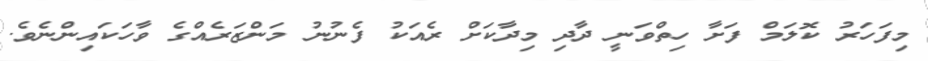
މިފަހަރު ކޮލަމް ފަށާ ހިތްވަނީ ދާދި މިދާކަށް ރެއަކު ފެނުނު މަންޒަރެއްގެ ވާހަކައިންނެވެ.